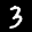
Label: 3